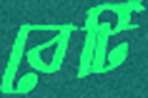
বের্টি